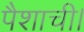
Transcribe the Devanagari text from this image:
पैशाची।